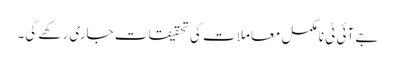
جے آئی ٹی نامکمل معاملات کی تحقیقات جاری رکھے گی۔